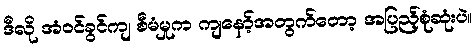
ဒီလို အံဝင်ခွင်ကျ စီမံမှုက ကျနော့်အတွက်တော့ အပြည့်စုံဆုံးပဲ။